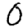
Digit: 0